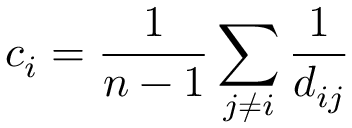
c _ { i } = \frac { 1 } { n - 1 } \sum _ { j \neq i } \frac { 1 } { d _ { i j } }